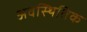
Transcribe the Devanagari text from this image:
अवस्थितिक